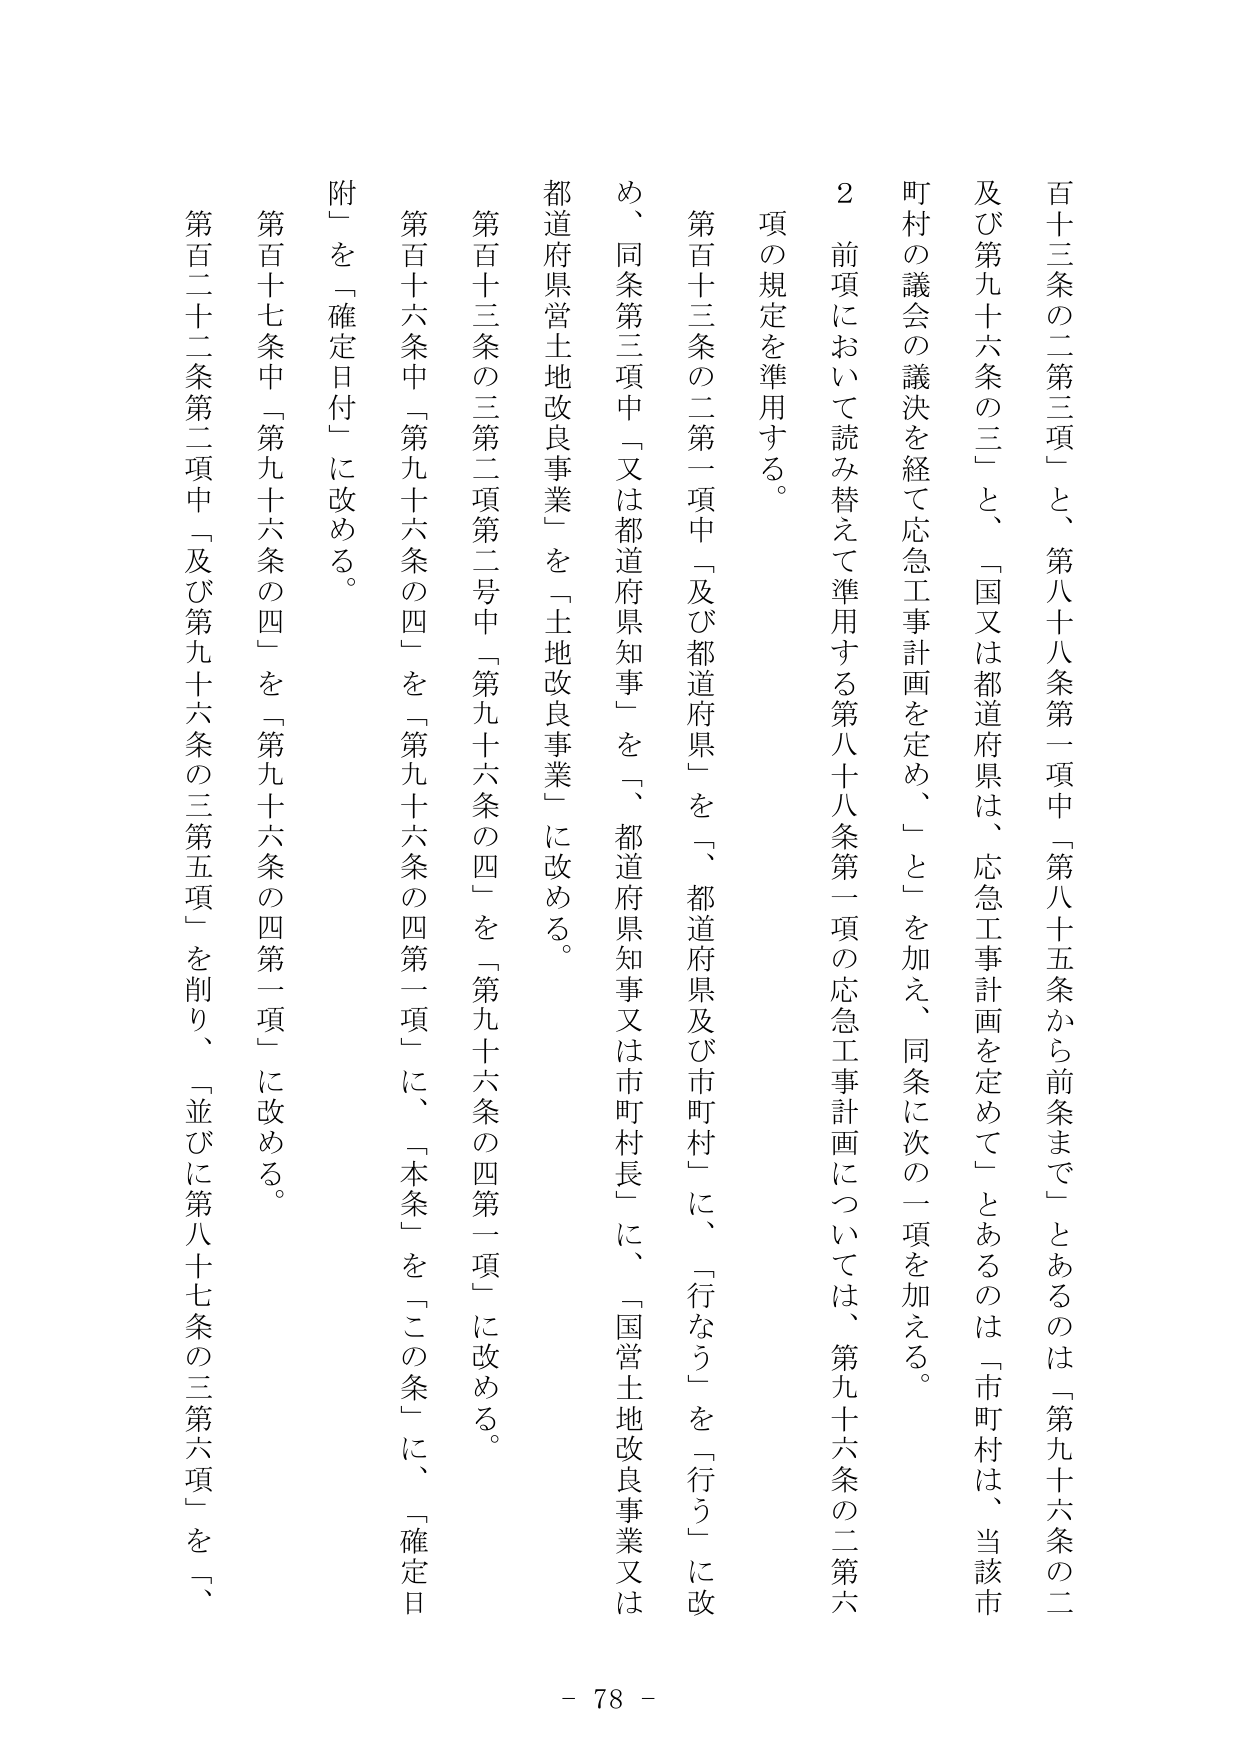
百十三条の二第三項」と、第八十八条第一項中「第八十五条から前条まで」とあるのは「第九十六条の二及び第九十六条の三」と、「国又は都道府県は、応急工事計画を定めて」とあるのは「市町村は、当該市町村の議会の議決を経て応急工事計画を定め、」とを加え、同条に次の一項を加える。

２ 前項において読み替えて準用する第八十八条第一項の応急工事計画については、第九十六条の二第六項の規定を準用する。

第百十三条の二第一項中「及び都道府県」を「、都道府県及び市町村」に、「行なう」を「行う」に改め、同条第三項中「又は都道府県知事」を「、都道府県知事又は市町村長」に、「国営土地改良事業又は都道府県営土地改良事業」を「土地改良事業」に改める。

第百十三条の三第二項第二号中「第九十六条の四」を「第九十六条の四第一項」に改める。

第百十六条中「第九十六条の四」を「第九十六条の四第一項」に、「本条」を「この条」に、「確定日附」を「確定日付」に改める。

第百十七条中「第九十六条の四」を「第九十六条の四第一項」に改める。

第百二十二条第二項中「及び第九十六条の三第五項」を削り、「並びに第八十七条の三第六項」を「、